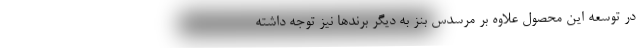
در توسعه این محصول علاوه بر مرسدس بنز به دیگر برندها نیز توجه داشته